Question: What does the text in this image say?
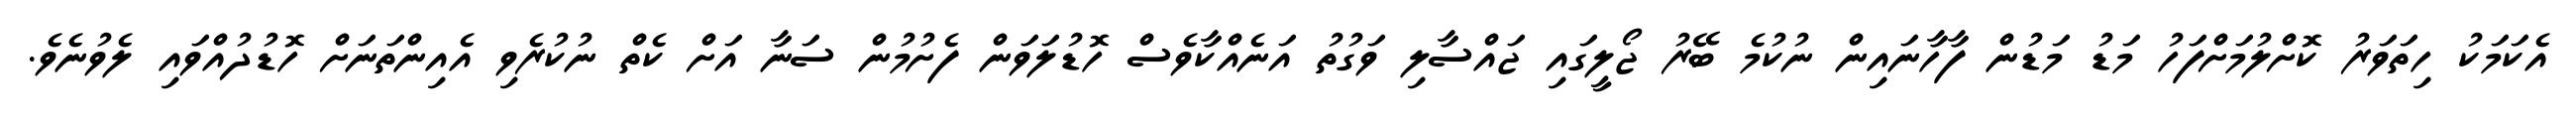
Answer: އެކަމަކު ހިތަވަރު ކޮށްލުމަށްފަހު މަޑު މަޑުން ފާހާނައިން ނުކުމެ ބޭރު ޖޯލީގައި ޖައްސާލި ވަގުތު އަނެއްކާވެސް ހޮޑުލަވަން ފެށުމުން ސަނާ އަށް ކެތް ނުކުރެވި އެއިންތަނަށް ހޮޑުދުއްވައި ލެވުނެވެ.